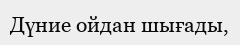
Дүние ойдан шығады,